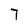
Character: 7